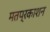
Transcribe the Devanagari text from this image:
मतप्रकाशन